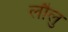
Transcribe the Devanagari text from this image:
लौलु